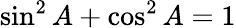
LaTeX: \sin^{2}A+\cos^{2}A=1